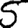
Digit: 5